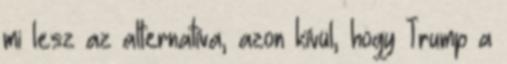
mi lesz az alternatíva, azon kívül, hogy Trump a